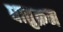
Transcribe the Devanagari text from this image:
धातुक्रम